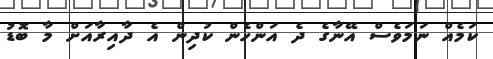
ކަމެއް ނަމަވެސް އޭނާގެ ދެ އަންހެން ކުދިން އެ ދާއިރާއަށް މާ ބޮޑު